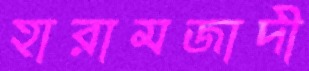
হারামজাদী